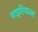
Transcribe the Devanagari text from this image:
वाइरियल्ल